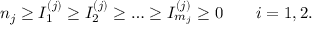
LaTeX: n _ { j } \ge I _ { 1 } ^ { ( j ) } \ge I _ { 2 } ^ { ( j ) } \ge \dots \ge I _ { m _ { j } } ^ { ( j ) } \ge 0 \qquad i = 1 , 2 .